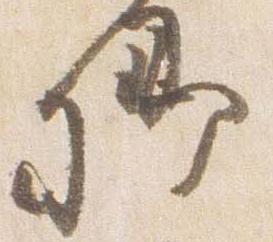
卿